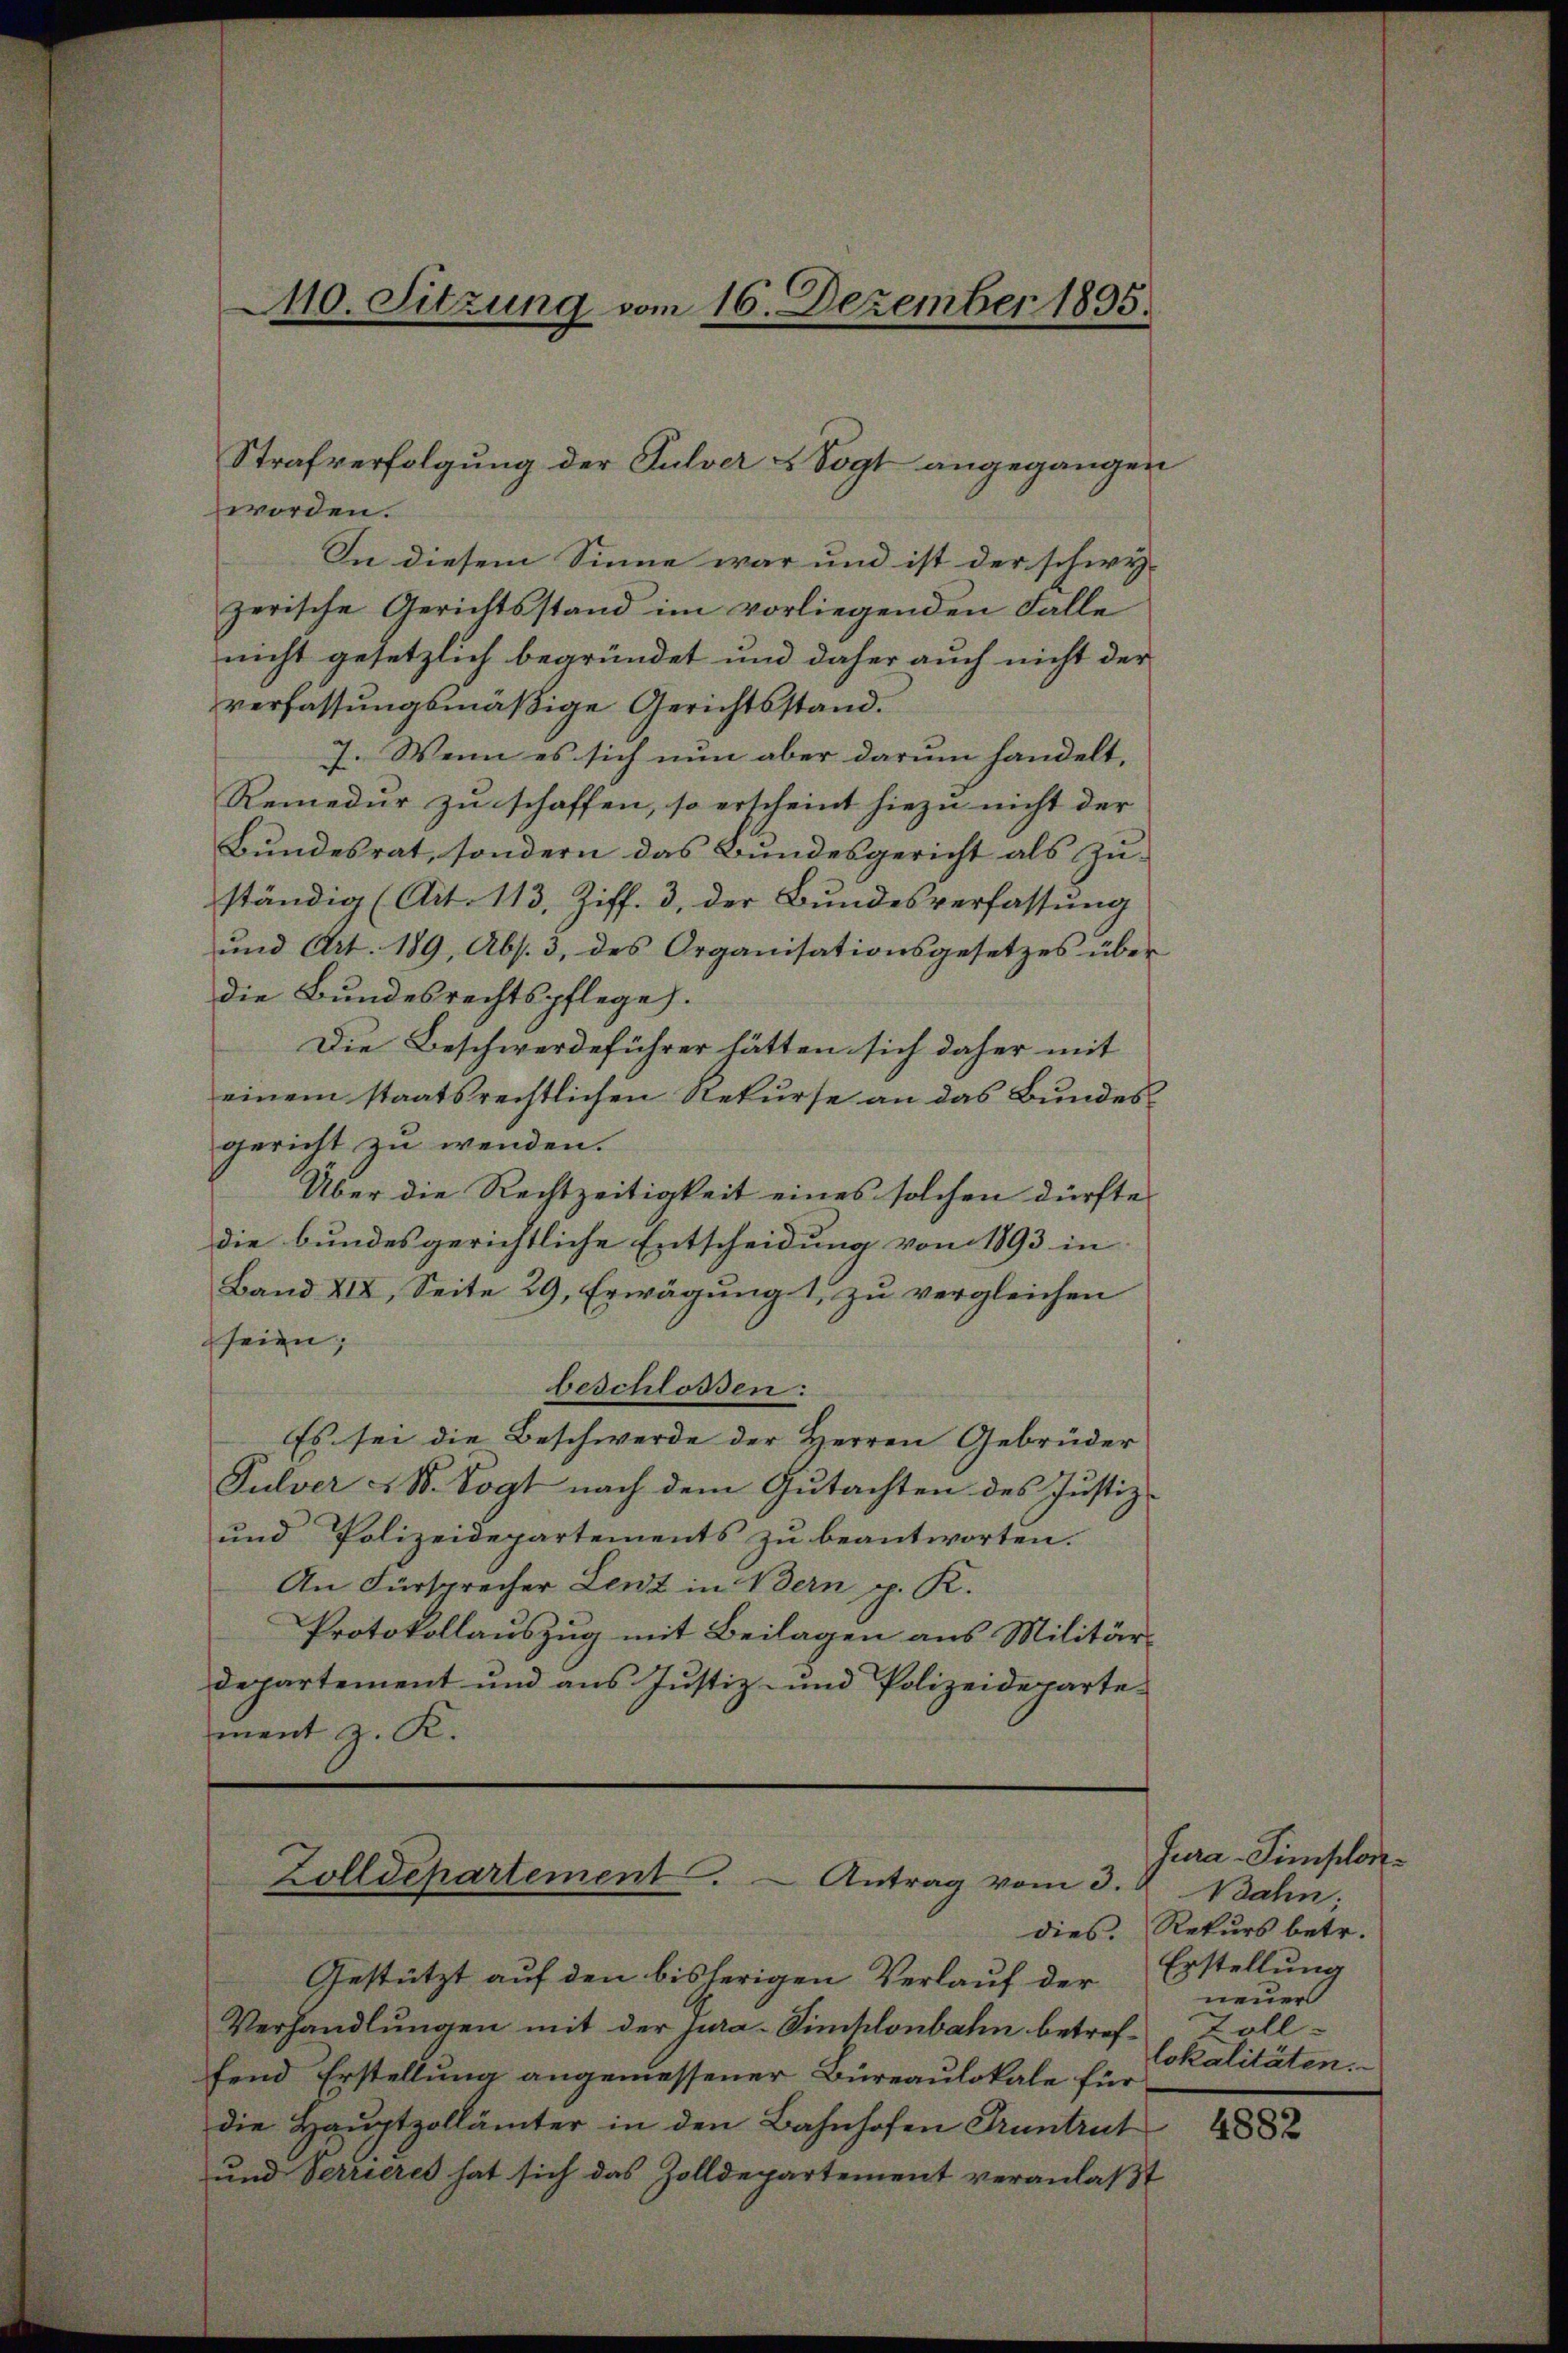
worden.
In diesem Sinne war und ist der schwyz
zerische Gerichtsstand im vorliegenden Falle
nicht gesetzlich begründet und daher auch nicht der
verfassungsmäßige Gerichtsstand.
7. Wenn es sich nun aber darum handelt,
Remedur zu schaffen, so erscheint hiezu nicht der
Bundesrat, sondern das Bundesgericht als Zu-
ständig (Art. 113. Ziff. 3, der Bundesverfassung
und Art. 189, Abs. 3. des Organisationsgesetzes über
die Bundesrechtspflege.
Die Beschwerdeführer hätten sich daher mit
einem staatsrechtlichen Rekurse an das Bundesgericht zu wenden.
Über die Rechtzeitigkeit eines solchen dürfte,
die bundesgerichtliche Entscheidung von 1893 in
Band XIX, Seite 29, Erwägung 1 zu vergleichen
seien;
beschlossen:
Es sei die Beschwerde der Herren Gebrüder
Pulver St. Vogt nach dem Gutachten des Justiz-
und Polizeidepartements zu beantworten.
An Fürsprecher Lenz in Bern p. K.
Protokollauszug mit Beilagen aus Militärdepartement und aus Justiz- und Polizeidepartement z. K.

40. Sitzung vom 16. Dezember 1895.

Strafverfolgung der Pulver & Vogt angegangen

Zolldepartement . - Antrag vom 3.

Gestützt auf den bisherigen Verlauf der
Verhandlŭngen mit der jura-Sincklenbahn betref-Zollfend Erstellung angemessener Büreaulokale für
die Hauptzollämter in den Bahnhofen Pruntrut
und Verrieres hat sich das Zolldepartement veranlaβt

Jura-Simplon¬
Bahn;
dies. Rekurs betr.
Erstellung
neuer
lokalitäten.

4882